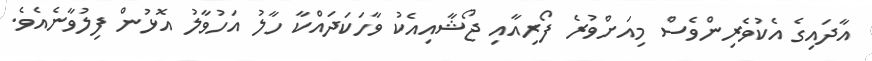
އާދައިގެ އެކުވެރިންވެސް މިއަށްވުރެ ފޯރިއާއި ޖޯޝާއިއެކު ވާހަކަދައްކާ ހާލު އަހުވާލު އޮޅުން ފިލުވާނެއެވެ.